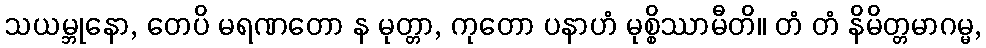
သယမ္ဘုနော, တေပိ မရဏတော န မုတ္တာ, ကုတော ပနာဟံ မုစ္စိဿာမီတိ။ တံ တံ နိမိတ္တမာဂမ္မ,